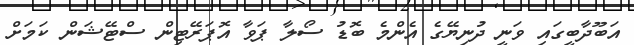
އަބޫދާބީގައި ވަނީ ދުނިޔޭގެ އެންމެ ބޮޑު ސޯލާ ޕަވާ އޮޕަރޭޓިން ސްޓޭޝަން ކަމަށް